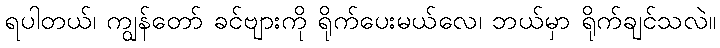
ရပါတယ်၊ ကျွန်တော် ခင်ဗျားကို ရိုက်ပေးမယ်လေ၊ ဘယ်မှာ ရိုက်ချင်သလဲ။